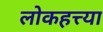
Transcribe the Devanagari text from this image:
लोकहत्त्या